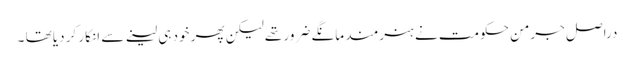
دراصل جرمن حکومت نے ہنرمند مانگے ضرور تھے لیکن پھر خود ہی لینے سے انکار کر دیا تھا ۔